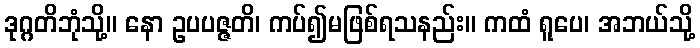
ဒုဂ္ဂတိဘုံသို့။ နော ဥပပဇ္ဇတိ၊ ကပ်၍မဖြစ်ရသနည်း။ ကထံ ရူပေ၊ အဘယ်သို့